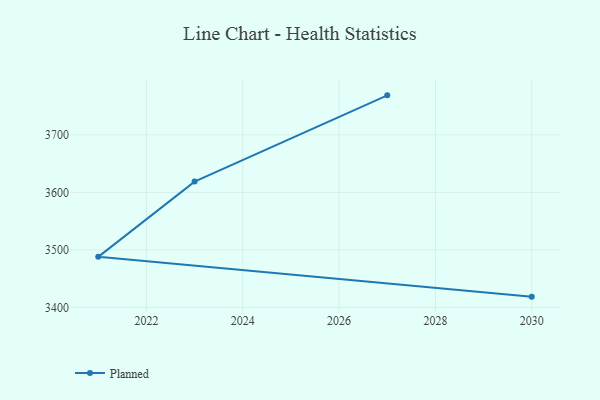
{"axis": {"x": "Year", "y": "Shipments"}, "legend": ["Planned"], "data": [{"x": "2027", "y": 3768.7, "type": "Planned"}, {"x": "2023", "y": 3618.7, "type": "Planned"}, {"x": "2021", "y": 3487.8, "type": "Planned"}, {"x": "2030", "y": 3418.6, "type": "Planned"}]}